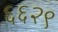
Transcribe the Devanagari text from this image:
६६२९